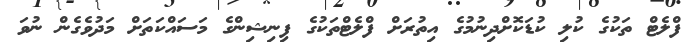
ފްލެޓް ތަކުގެ ކުލި ކުޑަކޮށްދިނުމުގެ އިތުރަށް ފްލެޓްތަކުގެ ފިނިޝިންގެ މަސައްކަތަށް މަދުވެގެން ނުވަ